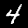
Digit: 4